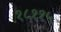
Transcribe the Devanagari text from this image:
१८११५